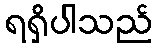
ရရှိပါသည်